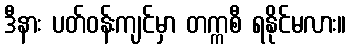
ဒီနား ပတ်ဝန်းကျင်မှာ တက္ကစီ ရနိုင်မလား။